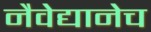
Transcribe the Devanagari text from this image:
नैवेद्यानेच